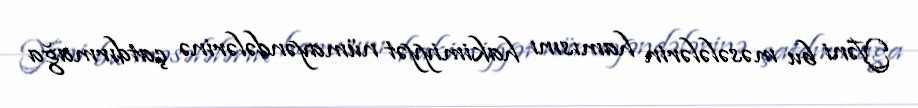
Yəni bu məsələlərin hamısını hakimiyyət nümayəndələrinə çatdırmağa